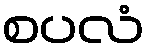
စပလံ